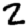
Digit: 2